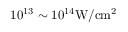
1 0 ^ { 1 3 } \sim 1 0 ^ { 1 4 } \mathrm { W / c m ^ { 2 } }